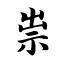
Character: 祟